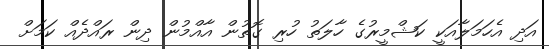
އަދި އެހަމަލާއަކީ ކަޝްމީރުގެ ހާލަތު ހުރި ގޮތުން އާއްމުން ދިން ރައްދެއް ކަމަށް